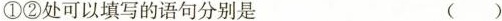
①②处可以填写的语句分别是 ()